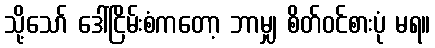
သို့သော် ဒေါ်ငြိမ်းစံကတော့ ဘာမျှ စိတ်ဝင်စားပုံ မရ။